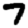
Digit: 7